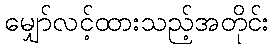
မျှော်လင့်ထားသည့်အတိုင်း